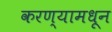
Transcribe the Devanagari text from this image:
करण्यामधून